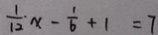
\frac { 1 } { 1 2 } x - \frac { 1 } { 6 } + 1 = 7